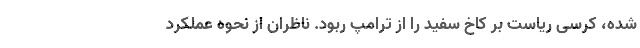
شده، کرسی ریاست بر کاخ سفید را از ترامپ ربود. ناظران از نحوه عملکرد